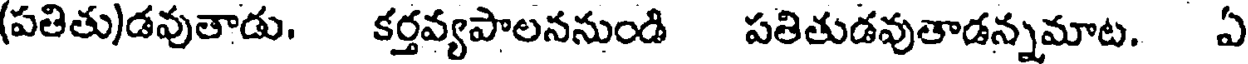
(పతితు)డవుతాడు. కర్తవ్యపాలననుండి పతితుడవుతాడన్నమాట. ఏ